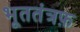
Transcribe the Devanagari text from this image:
भूततंत्रफ़